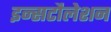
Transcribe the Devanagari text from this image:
इन्सटौलेशन